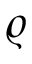
\varrho